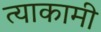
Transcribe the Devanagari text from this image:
त्याकामी